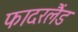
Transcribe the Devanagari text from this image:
फादरलैंड